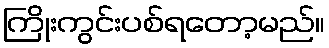
ကြိုးကွင်းပစ်ရတော့မည်။